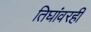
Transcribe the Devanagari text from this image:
तिघांवरही